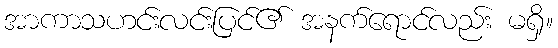
အာကာသဟင်းလင်းပြင်၏ အနက်ရောင်လည်း မရှိ။